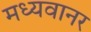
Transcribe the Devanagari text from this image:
मध्यवानर